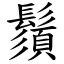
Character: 鬚